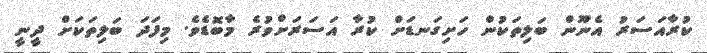
ކުރާއަސަރު އެނޫން ބަލިތަކުން ހަށިގަނޑަށް ކުރާ އަސަރަށްވުރެ މާބޮޑެވެ. މިފަދަ ބަލިތަކަށް ދީނީ